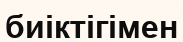
биіктігімен